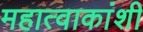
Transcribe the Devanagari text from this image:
महात्वाकांशी